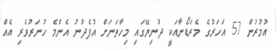
އުމުރުން 57 އަހަރުގެ މެރަޑޯނާއަކީ ދުނިޔޭގައި މިހާތަނަށް އުފެދުނު އެންމެ ހުނަރުވެރި އެއް